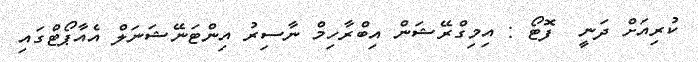
ކުރިއަށް ދަނީ  ފޮޓޯ : އިމިގްރޭޝަން އިބްރާހިމް ނާސިރު އިންޓަނޭޝަނަލް އެއާޕޯޓްގައި